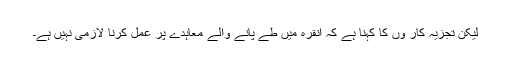
لیکن تجزیہ کار وں کا کہنا ہے کہ انقرہ میں طے پانے والے معاہدے پر عمل کرنا لازمی نہیں ہے۔